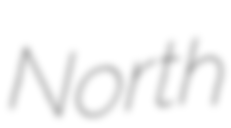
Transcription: North